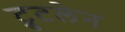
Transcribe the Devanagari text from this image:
ट्रुटलेन